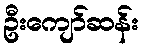
ဦးကျော်ဆန်း